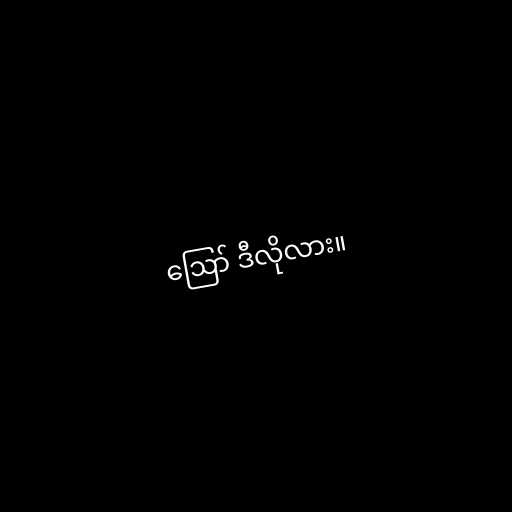
ဪ ဒီလိုလား။